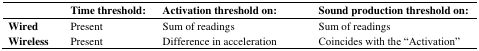
<table><thead><tr><td></td><td><b>Time threshold:</b></td><td><b>Activation threshold on:</b></td><td><b>Sound production threshold on:</b></td></tr></thead><tbody><tr><td><b>Wired</b></td><td>Present</td><td>Sum of readings</td><td>Sum of readings</td></tr><tr><td><b>Wireless</b></td><td>Present</td><td>Difference in acceleration</td><td>Coincides with the “Activation”</td></tr></tbody></table>